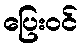
ပြေးဝင်